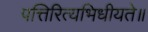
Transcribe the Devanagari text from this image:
पत्तिरित्यभिधीयते॥